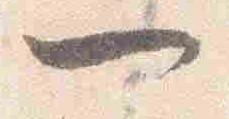
一